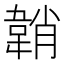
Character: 韒